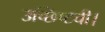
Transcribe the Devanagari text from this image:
उच्छिष्टची।